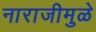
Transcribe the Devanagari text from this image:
नाराजीमुळे